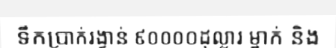
ទឹកប្រាក់រង្វាន់ ៩០០០០ដុល្លារ ម្នាក់ និង